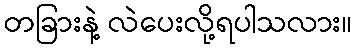
တခြားနဲ့ လဲပေးလို့ရပါသလား။